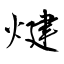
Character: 煡